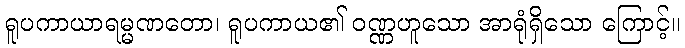
ရူပကာယာရမ္မဏတော၊ ရူပကာယ၏ ဝဏ္ဏဟူသော အာရုံရှိသော ကြောင့်။